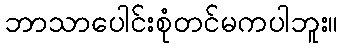
ဘာသာပေါင်းစုံတင်မကပါဘူး။